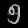
Digit: ၅